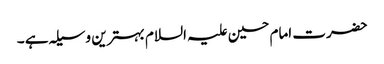
حضرت امام حسین علیہ السلام بہترین وسیلہ ہے ۔